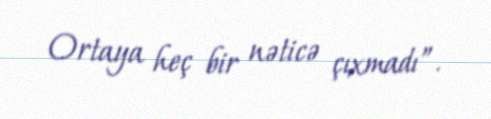
Ortaya heç bir nəticə çıxmadı”.